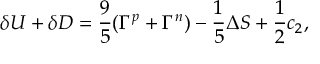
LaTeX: \delta U + \delta D = \frac { 9 } { 5 } ( \Gamma ^ { p } + \Gamma ^ { n } ) - \frac { 1 } { 5 } \Delta S + \frac { 1 } { 2 } c _ { 2 } ,